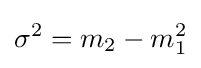
\sigma ^{2}=m_{2}-m_{1}^{2}